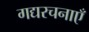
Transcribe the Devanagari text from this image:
गद्यरचनाएँ